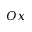
O x